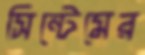
সিন্টেমের